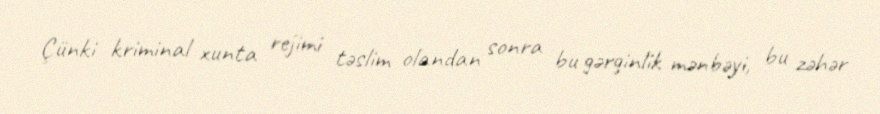
Çünki kriminal xunta rejimi təslim olandan sonra bu gərginlik mənbəyi, bu zəhər